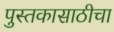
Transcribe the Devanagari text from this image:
पुस्तकासाठीचा